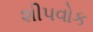
શીપવોક